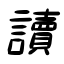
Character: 讀